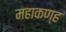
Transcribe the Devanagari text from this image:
महाकण्ह